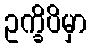
ဥက္ခိပိမှာ